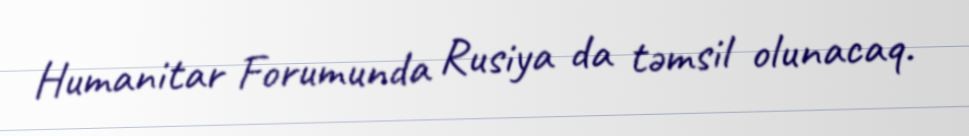
Humanitar Forumunda Rusiya da təmsil olunacaq.